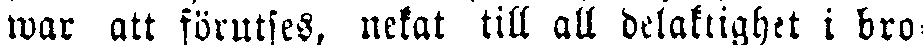
war att förutses, nekat till all delaktighet i bro-